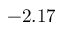
- 2 . 1 7